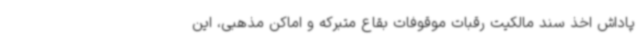
پاداش اخذ سند مالکیت رقبات موقوفات بقاع متبرکه و اماکن مذهبی، این